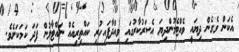
އެކަން ވެގެން ދިޔައީ ވެއްޓެމުންދިޔަ އެސަރުކާރުގައި ވިއްދާފައިހުރި ކައްތިރިއެއް ނައްޓާލުން ފަދަ ކަމަކަށެވެ.